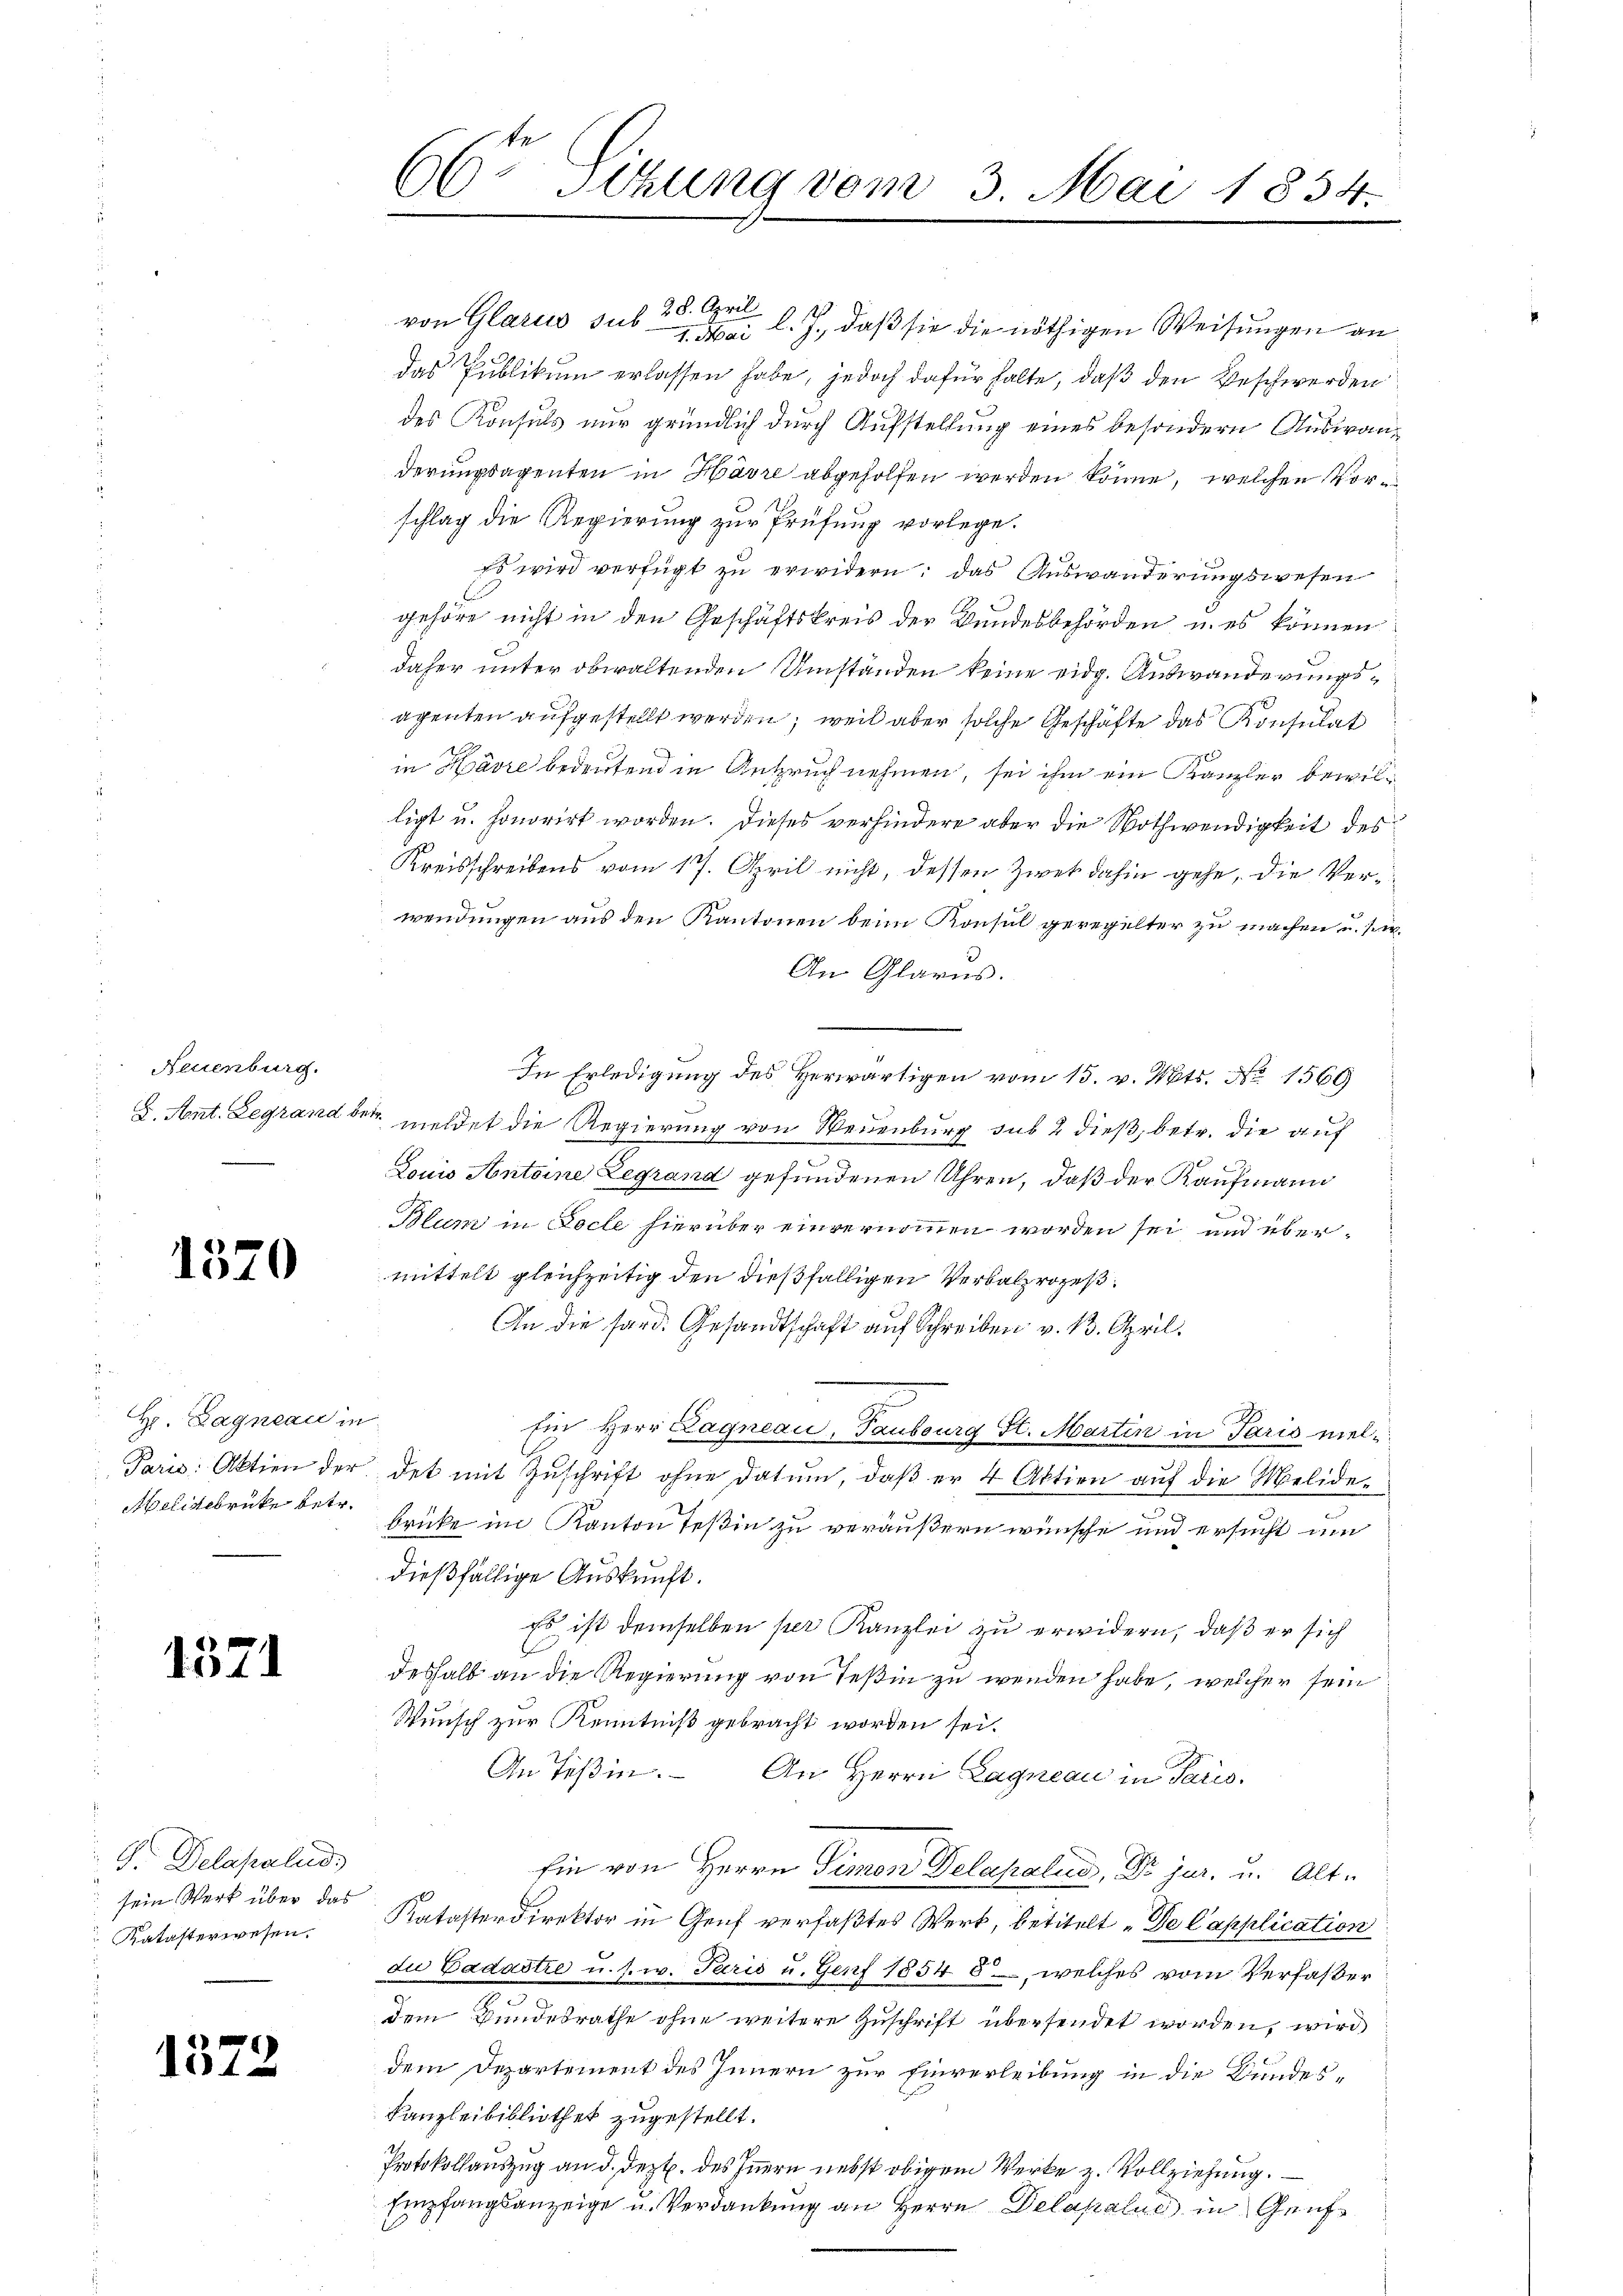
Neuenburg.
u. Ant. Legrand

1570

Hr. Dagneau in
Paris: Aktien der
Aelittbrücke betr.

1571

G. Delapalud,
sein Werk über das
Katasterwesen.

1572

66. Sitzung vom 3. Mai 1854.

von Glarus sub 28. April
1. Mai l. J., daß sie die nöthigen Weisungen an
Das Publikum erlassen habe, jedoch dafür halte, daß den Beschwerden
des Konsuls nur gründlich durch Aufstellung eines besondern Auswanderungsagenten in Havre abgeholfen werden könne, welchen Vorschlag die Regierung zur Prüfung vorlege.
Es wird verfügt zu erwidern: das Auswanderungswesen
gehöre nicht in den Geschäftskreis der Bundesbehörden, u. es können
daher unter obwaltenden Umständen keine eidg. Auswanderungsacenten aufgestellt werden, weil aber solche Geschäfte das Konsulat
in Harre bedeutend in Anspruch nehmen, sei ihm ein Kanzler bewilligt u. honorirt worden. Dieses verhindere aber die Nothwendigkeit des
Kreisschreibens vom 17. April nicht, dessen Zwet dahin gehe, die Verwendungen aus den Kantonen beim Konsul geregelter zu machen u. s. w.
An Glarus.
In Erledigung des Herwärtigen vom 15. v. Mts. No 1569
etr. meldet die Regierung von Neuenburg sub 2 dieß, betr. die auf
e
Louis Antoine Legrand gefundenen Uhren, daß der Kaufmann
2
Blum in Locle hierüber einvernommen worden sei und übermittelt gleichzeitig den dießfälligen Verbalprozeß¬
An die sard. Gesandtschaft auf Schreiben v. 13. April.
f
Ein Herr Lagneau, Taubourg St. Martin in Paris meldet mit Zuschrift ohne datum, daß er 4 Aktien auf die Melide-
brücke im Kanton Teßin zu veräußern wünsche und ersucht um
dießfällige Auskunft.
Es ist demselben per Kanzlei zu erwidern, daß er sich
deshalb an die Regierung von Teßin zu wenden habe, welcher sein
Wunsch zur Kenntniß gebracht worden sei.
An Teßin. An Herrn Lagneau in Paris
Ein von Herrn Simon Delapalud, Dr jur. u. Alt-
Katasterdirektor in Genf verfaßtes Werk, betitelt „De Capplication
du Cadastre u. s. w. Paris u. Genf 1854 6, welches vom Verfasser
dem Bundesrathe ohne weitere Zuschrift übersendet worden, wird
dem Departement des Innern zur Einverleibung in die Bundes¬
Kanzleibibliothek zugestellt.
Protokollauszug an d. Jezt. des Innern nebst obigem Werke z. Vollziehung.
Empfangsanzeige u. Verdankung an Herrn Delapalue in Genf